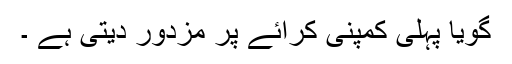
گویا پہلی کمپنی کرائے پر مزدور دیتی ہے ۔